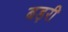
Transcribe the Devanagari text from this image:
बड़री